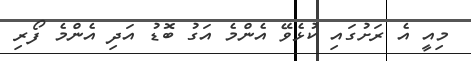
މިއީ އެ ރަށުގައި ކުޅެވޭ އެންމެ އަގު ބޮޑު އަދި އެންމެ ފޯރި